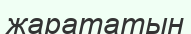
жарататын